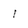
Character: I